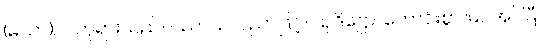
(မယာ)၊ ငါဘုရားသည်။ ပညာယ၊ ပညာဖြင့်။ သုဒိဋ္ဌော၊ ကောင်းစွာ မြင်အပ်ပြီ။